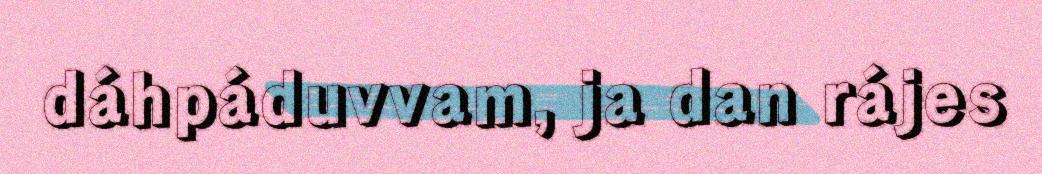
dáhpáduvvam, ja dan rájes